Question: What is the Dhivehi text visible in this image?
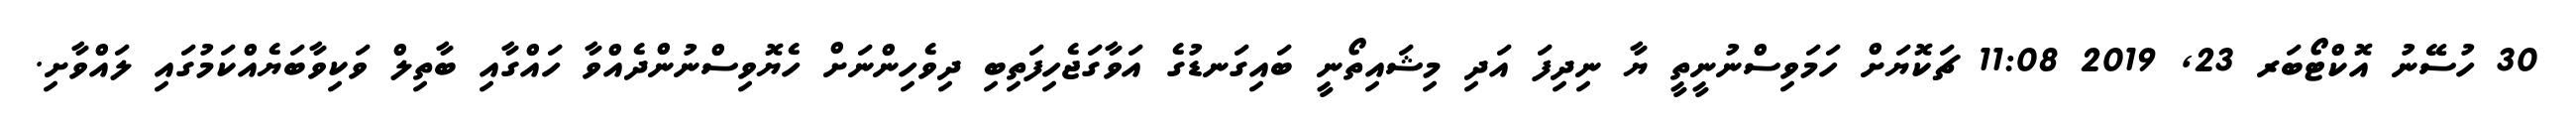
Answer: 30 ހުސޭނު އޮކްޓޯބަރ 23, 2019 11:08 ޗަކޮޔަށް ހަމަވިސްނުނީތީ ޔާ ނިދިފަ އަދި މިޝައިތޯނީ ބައިގަނޑުގެ އަވާގަޖެހިފަތިބި ދިވެހިންނަށް ހެޔޮވިސްނުންދެއްވާ ހައްގާއި ބާތިލް ވަކިވާބަޔެއްކަމުގައި ލައްވާށި.